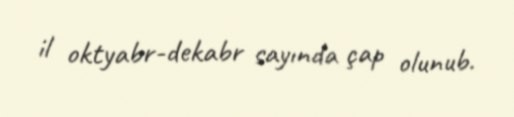
il oktyabr-dekabr sayında çap olunub.